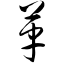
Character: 革